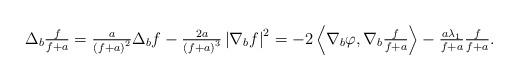
LaTeX: \begin{align*}\begin{array}[c]{c}\Delta_{b}\frac{f}{f+a}=\frac{a}{\left( f+a\right) ^{2}}\Delta_{b}f-\frac{2a}{\left( f+a\right) ^{3}}\left\vert \nabla_{b}f\right\vert^{2}=-2\left\langle \nabla_{b}\varphi,\nabla_{b}\frac{f}{f+a}\right\rangle-\frac{a\lambda_{1}}{f+a}\frac{f}{f+a}.\end{array}\end{align*}